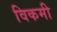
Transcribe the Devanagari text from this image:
विकमी